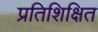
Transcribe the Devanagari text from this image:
प्रतिशिक्षित